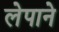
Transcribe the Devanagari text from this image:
लेपाने